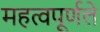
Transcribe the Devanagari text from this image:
महत्वपूर्णले